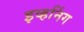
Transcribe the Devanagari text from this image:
इव्हनिंग